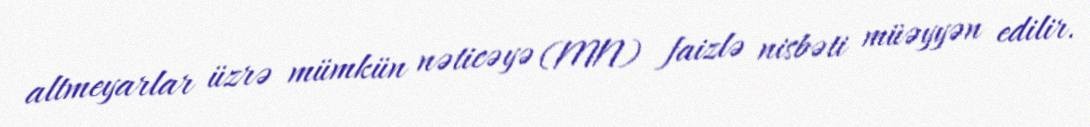
altmeyarlar üzrə mümkün nəticəyə (MN) faizlə nisbəti müəyyən edilir.